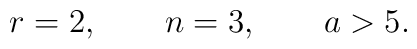
r=2, \qquad n=3, \qquad a>5.